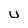
Character: U